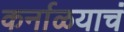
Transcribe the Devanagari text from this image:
कर्नाळयाचं